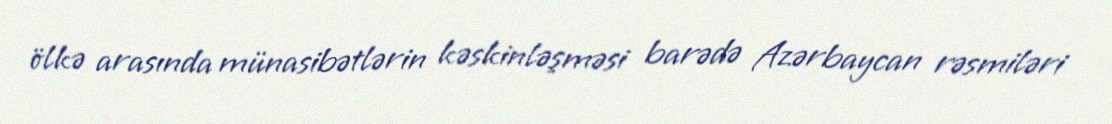
ölkə arasında münasibətlərin kəskinləşməsi barədə Azərbaycan rəsmiləri